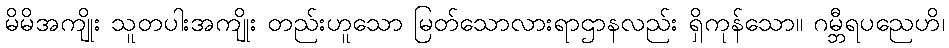
မိမိအကျိုး သူတပါးအကျိုး တည်းဟူသော မြတ်သောလားရာဌာနလည်း ရှိကုန်သော။ ဂမ္ဘီရပညေဟိ၊